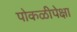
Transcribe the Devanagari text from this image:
पोकळीपेक्षा